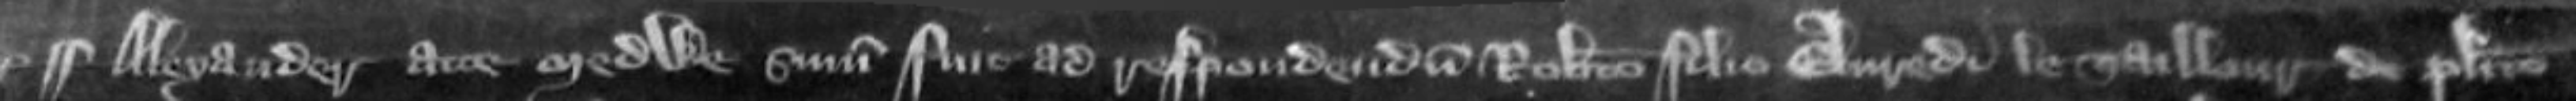
¶Alexander atte Medwe summonitus fuit ad respondendum Roberto filio Elvredi le Taillour de placito